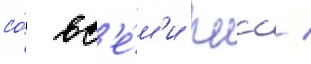
со́ вс'е́м'и гнсс /